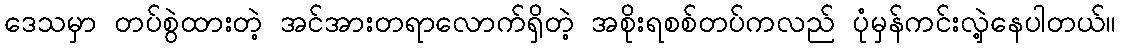
ဒေသမှာ တပ်စွဲထားတဲ့ အင်အားတရာလောက်ရှိတဲ့ အစိုးရစစ်တပ်ကလည် ပုံမှန်ကင်းလှဲ့နေပါတယ်။